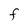
Character: F